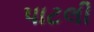
પાટલી